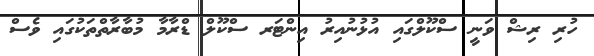
ހުރި ރިޝް ވަނީ ސްކޫލްގައި އުޅުނުއިރު އިންޓަރ ސްކޫލް ޑްރާމާ މުބާރާތްތަކުގައި ވެސް